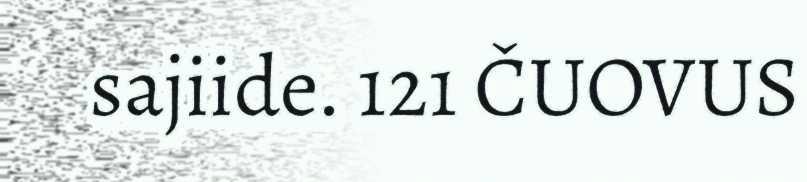
sajiide. 121 ČUOVUS